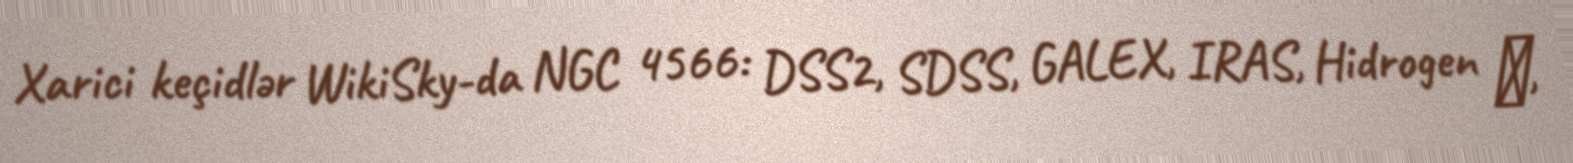
Xarici keçidlər WikiSky-da NGC 4566: DSS2, SDSS, GALEX, IRAS, Hidrogen α,